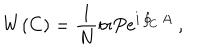
W ( C ) = { \frac { 1 } { N } } \mathrm { t r } P e ^ { i \oint _ { C } A } \ ,